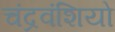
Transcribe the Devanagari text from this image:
चंद्रवंशियो